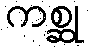
ကစ္ဆု